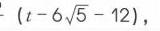
\(-(t - 6\sqrt{5}-12)\)